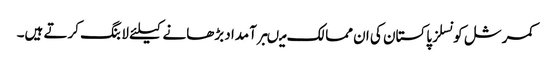
کمرشل کونسلز پاکستان کی ان ممالک میںبرآمداد بڑھانے کیلئے لابنگ کرتے ہیں۔